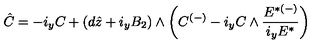
\hat { C } = - i _ { y } C + ( d \hat { z } + i _ { y } B _ { 2 } ) \wedge \left( C ^ { ( - ) } - i _ { y } C \wedge { \frac { { E } ^ { { * } ( - ) } } { i _ { y } { E } ^ { { * } } } } \right) \,